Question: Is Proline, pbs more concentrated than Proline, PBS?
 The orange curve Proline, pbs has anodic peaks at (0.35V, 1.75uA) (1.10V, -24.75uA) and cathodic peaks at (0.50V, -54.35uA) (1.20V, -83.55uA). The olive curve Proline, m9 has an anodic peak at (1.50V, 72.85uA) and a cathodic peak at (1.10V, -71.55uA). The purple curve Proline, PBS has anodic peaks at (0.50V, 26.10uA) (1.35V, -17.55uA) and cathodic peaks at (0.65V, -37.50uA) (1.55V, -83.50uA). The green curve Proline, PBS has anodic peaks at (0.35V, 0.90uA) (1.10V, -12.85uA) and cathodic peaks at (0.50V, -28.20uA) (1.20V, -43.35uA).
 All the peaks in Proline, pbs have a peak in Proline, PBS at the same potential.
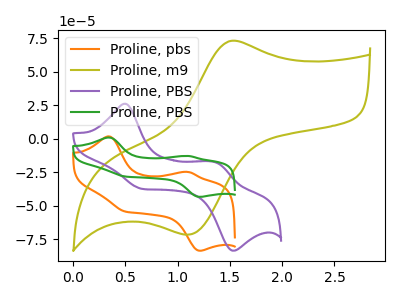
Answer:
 <answer>I cant tell if "Proline, pbs" or "Proline, PBS" has higher concentration.</answer>
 <eval>mixed_concentration</eval>